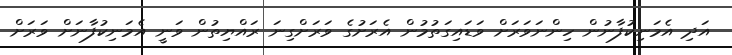
އަދި އެމަނިކުފާނުން ހިންނަވަރަށް ވަޑައިގަތުމުން އެރަށުގެ ވަރަށްގިނަ ރައްޔިތުން ވަނީ އެމަނިކުފާނަށް ވަރަށް